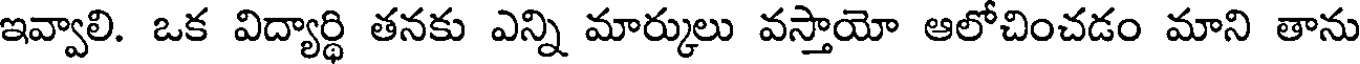
ఇవ్వాలి. ఒక విద్యార్థి తనకు ఎన్ని మార్కులు వస్తాయో ఆలోచించడం మాని తాను